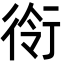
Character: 衑